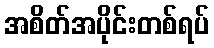
အစိတ်အပိုင်းတစ်ရပ်